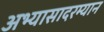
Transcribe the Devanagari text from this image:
अभ्यासादरम्यान